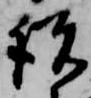
説